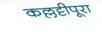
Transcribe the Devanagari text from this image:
कल्लट्टीपूरा